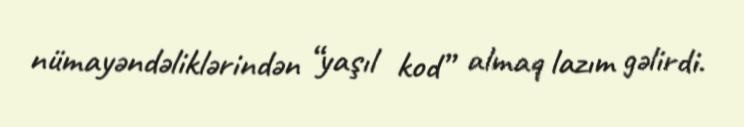
nümayəndəliklərindən “yaşıl kod” almaq lazım gəlirdi.